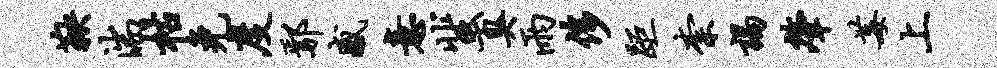
鞅湍枯免度鄢感意蜚臭雨侈距柰谒肇莓上